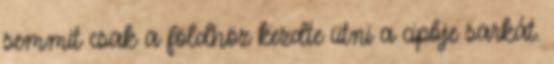
semmit csak a földhöz kezdte ütni a cipője sarkát.